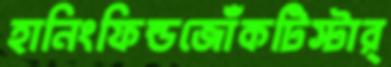
হানিংফিল্ডজোঁকটিস্টার্